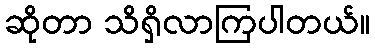
ဆိုတာ သိရှိလာကြပါတယ်။